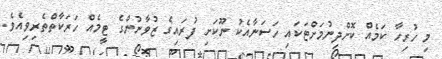
މި ހުރިހާ ކަމެއް ކޮށްދިނުމަށްޓަކައި ހަސަނާއެކު ނޫކަށި ފުރައިގެ ޒުވާނުންގެ ޓީމެއް ހަރަކާތްތެރިވިއެވެ.